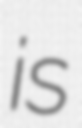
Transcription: is